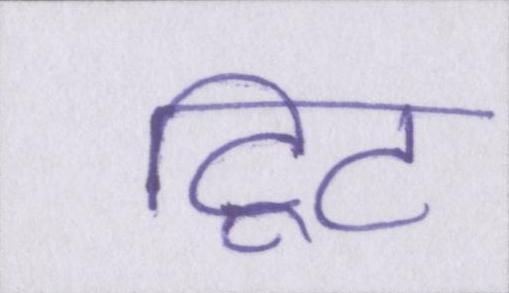
ट्विट